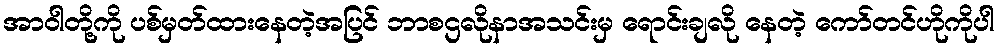
အာဝါတို့ကို ပစ်မှတ်ထားနေတဲ့အပြင် ဘာစဌလိုနာအသင်းမှ ရောင်းချလို နေတဲ့ ကော်တင်ဟိုကိုပါ